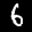
Label: 6